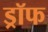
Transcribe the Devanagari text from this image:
ड्रॉफ